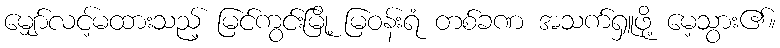
မျှော်လင့်မထားသည့် မြင်ကွင်းမြို့ မြဝန်းရံ တစ်ခဏ အသက်ရှူဖို့ မေ့သွား၏။